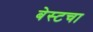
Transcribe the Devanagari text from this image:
बेस्टचा